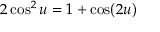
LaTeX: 2 \cos ^ { 2 } u = 1 + \cos ( 2 u )